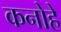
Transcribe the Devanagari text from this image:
कनोहे